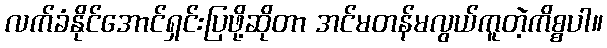
လက်ခံနိုင်အောင်ရှင်းပြဖို့ဆိုတာ အင်မတန်မလွယ်ကူတဲ့ကိစ္စပါ။